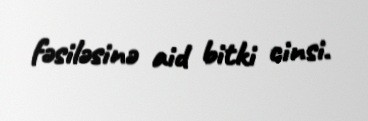
fəsiləsinə aid bitki cinsi.